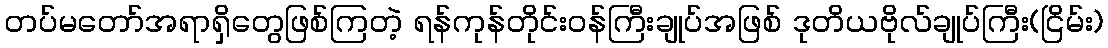
တပ်မတော်အရာရှိတွေဖြစ်ကြတဲ့ ရန်ကုန်တိုင်းဝန်ကြီးချုပ်အဖြစ် ဒုတိယဗိုလ်ချုပ်ကြီး(ငြိမ်း)